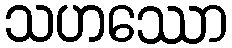
သဟဿော